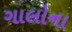
ગાલોના